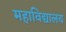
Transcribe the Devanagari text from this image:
महाविद्यालय